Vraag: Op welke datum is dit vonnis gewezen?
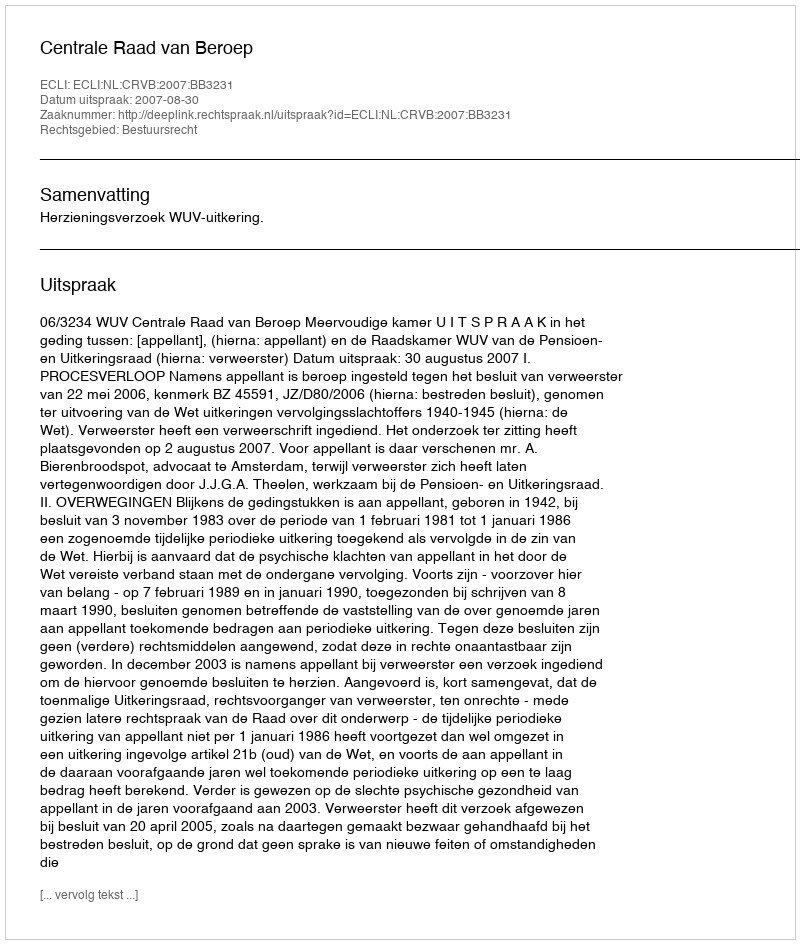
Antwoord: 2007-08-30